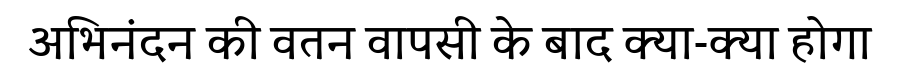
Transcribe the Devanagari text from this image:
अभिनंदन की वतन वापसी के बाद क्या-क्या होगा